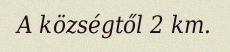
A községtől 2 km.